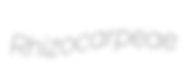
Rhizocarpeae